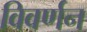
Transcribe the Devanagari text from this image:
विवर्णन